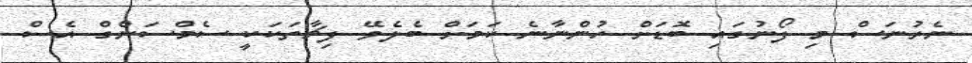
ނެރުނަސް މި ފޯނުގައި ބޮޑަށް ހުންނާނެ ކަމަށް ބެލެވޭ ފިޗާތަކަކީ ސެމްސަންގް އެސް